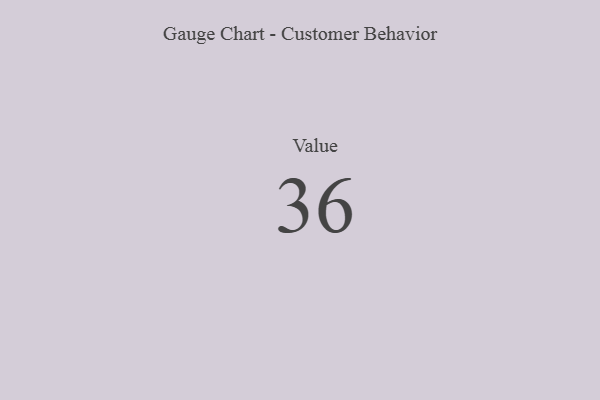
{"axis": {"x": "Metric", "y": "Value"}, "legend": [""], "data": [{"x": "Value", "y": 36, "type": ""}]}